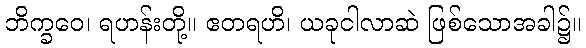
ဘိက္ခဝေ၊ ရဟန်းတို့။ ဧတရဟိ၊ ယခုငါလာဆဲ ဖြစ်သောအခါ၌။